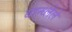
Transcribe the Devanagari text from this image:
बान्ध्लेले